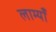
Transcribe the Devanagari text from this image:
लाम्याँ